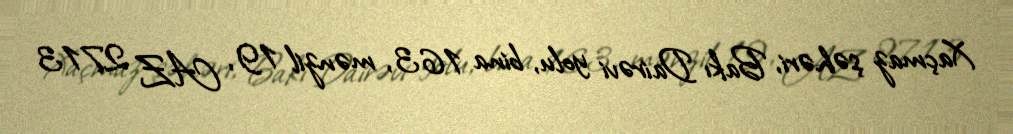
Xaçmaz şəhəri, Bakı Dairəvi yolu, bina 163, mənzil 19, AZ 2713